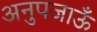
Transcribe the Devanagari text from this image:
अनुपजाऊँ